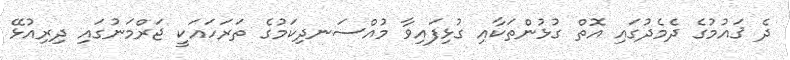
ދެ ޤައުމުގެ ދެމެދުގައި އޮތް ގުޅުންތަކާއި ގުޅިފައިވާ މުއްސަނދިކަމުގެ ތަރަހައަކީ ޖަރްމަނުގައި ދިރިއުޅޭ